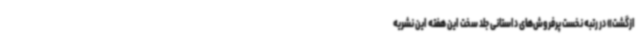
ازگشت» در رتبه نخست پرفروش‌های داستانی جلد سخت این هفته این نشریه